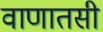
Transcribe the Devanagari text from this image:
वाणातसी